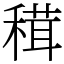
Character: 穁